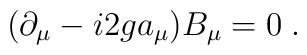
(\partial_\mu - i2ga_\mu) B_\mu = 0\;.